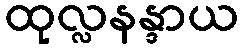
ထုလ္လနန္ဒာယ